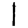
Digit: 1